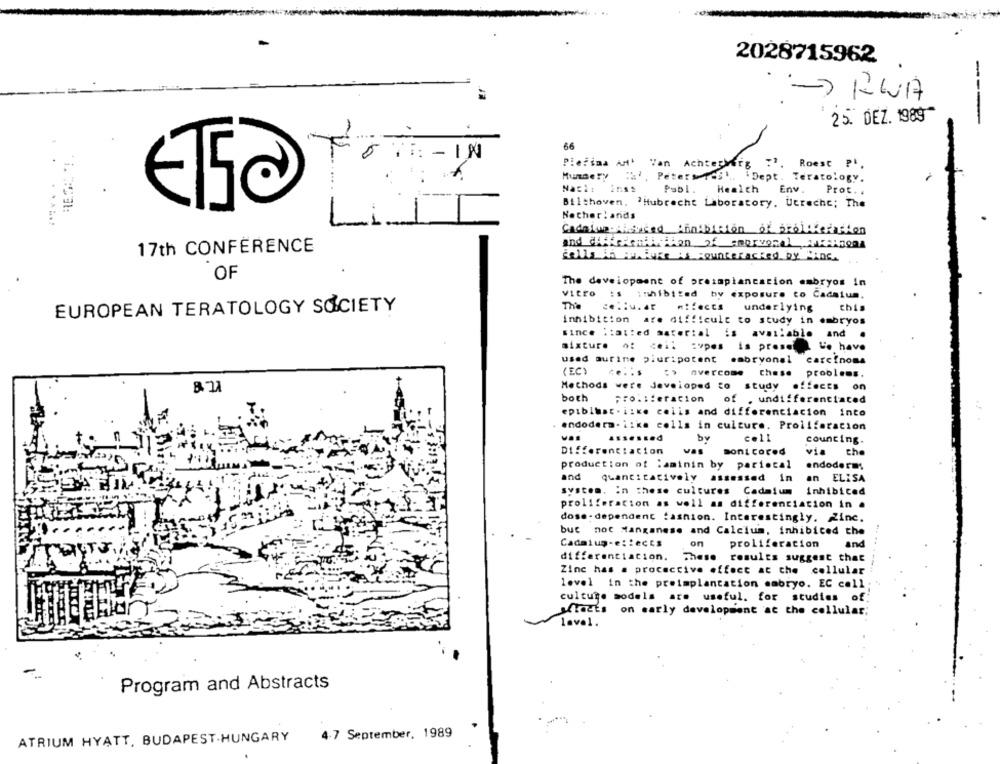
2028715962
- RWA
25. DEZ. 1989"
---
66
7: - IN
Piefima AMI Yan Achterberg ?', Roest PI,
:, PeterTosh
Hundery
. Dept. Teratology.
Nach:
Publ.
Health
Env.
Prot. .
Bilthoven, 'Hubrecht Laboratory. Utrecht; The
Nocher ! arids
L
Cadafun Cisuited Annibitton of proliferation
and differentiction of amorvonal, ANKARBOOM
17th CONFERENCE
cells in HARARE AS RouteRacKed by WInc.
OF
The development of presapiancation embryos in
Vitro
Inhibited
by exposure to Cadalum.
The
EUROPEAN TERATOLOGY SOCIETY
cellu. ar
underlying
this
inhibition are difficult to study in embryos
since :: al:ed material is
available and
mixture
:vpes is prese L'e have
used aurine pluripotent embryonal carcinoma
(EC)
nvercome
these problems.
Methods were developed to study effects on
both
Frontieracion
of . undifferentiated
epiblust . itke celis and differenciacion into
endoderm- iika colla in culture. Proliferation
bv
counting.
Differentiation
Boni Cored
via
the
production of caminin by parietal
endoderm:
and
quantitatively
assessed in
an ELISA
system. in these cultures Cadmium inhibited
proliferation as well as differentiation in .
dose-dependent fashion. Interestingly. Zinc.
but not Manganese and Calcium, inhibiced the
Cadmium-e: lects
on
proliferation
and
differentiation.
These
results suggest that
Zinc has a procactive effect at the cellular
level in the preimplantation embryo. EC cell
culture models are useful. for studies of
sciacts on early development at the cellular;
lavel.
Program and Abstracts
ATRIUM HYATT, BUDAPEST-HUNGARY
4-7 September, 1989